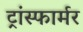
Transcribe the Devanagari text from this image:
ट्रांस्फार्मर